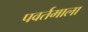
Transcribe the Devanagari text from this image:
पवर्तमाला